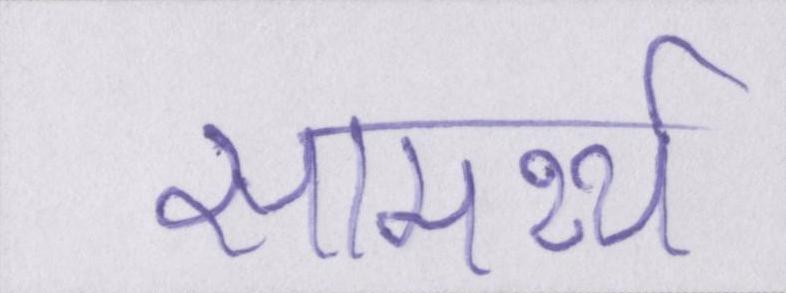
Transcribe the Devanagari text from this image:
सामर्थ्य